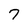
Character: 7